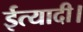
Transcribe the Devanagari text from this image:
ईत्यादी।